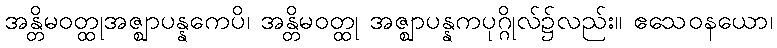
အန္တိမဝတ္ထုအဇ္ဈာပန္နကေပိ၊ အန္တိမဝတ္ထု အဇ္ဈာပန္နကပုဂ္ဂိုလ်၌လည်း။ ဧသေဝနယော၊